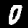
Label: 0